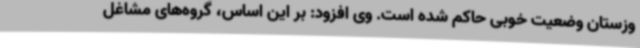
وزستان وضعیت خوبی حاکم شده است. وی افزود: بر این اساس، گروه‌های مشاغل